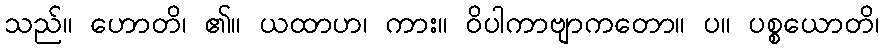
သည်။ ဟောတိ၊ ၏။ ယထာဟ၊ ကား။ ဝိပါကာဗျာကတော။ ပ။ ပစ္စယောတိ၊